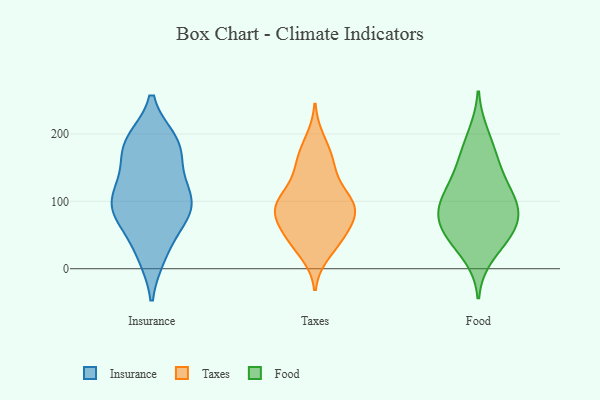
{"axis": {"x": "LTV (USD)", "y": "Value"}, "legend": ["Food", "Insurance", "Taxes"], "data": [{"x": "", "y": 187, "type": "Insurance"}, {"x": "", "y": 21, "type": "Insurance"}, {"x": "", "y": 22, "type": "Insurance"}, {"x": "", "y": 127, "type": "Insurance"}, {"x": "", "y": 98, "type": "Insurance"}, {"x": "", "y": 96, "type": "Insurance"}, {"x": "", "y": 170, "type": "Insurance"}, {"x": "", "y": 77, "type": "Insurance"}, {"x": "", "y": 87, "type": "Insurance"}, {"x": "", "y": 67, "type": "Insurance"}, {"x": "", "y": 114, "type": "Insurance"}, {"x": "", "y": 183, "type": "Insurance"}, {"x": "", "y": 83, "type": "Insurance"}, {"x": "", "y": 125, "type": "Insurance"}, {"x": "", "y": 189, "type": "Insurance"}, {"x": "", "y": 183, "type": "Insurance"}, {"x": "", "y": 142, "type": "Taxes"}, {"x": "", "y": 84, "type": "Taxes"}, {"x": "", "y": 189, "type": "Taxes"}, {"x": "", "y": 98, "type": "Taxes"}, {"x": "", "y": 41, "type": "Taxes"}, {"x": "", "y": 92, "type": "Taxes"}, {"x": "", "y": 133, "type": "Taxes"}, {"x": "", "y": 63, "type": "Taxes"}, {"x": "", "y": 69, "type": "Taxes"}, {"x": "", "y": 24, "type": "Taxes"}, {"x": "", "y": 97, "type": "Taxes"}, {"x": "", "y": 97, "type": "Taxes"}, {"x": "", "y": 164, "type": "Taxes"}, {"x": "", "y": 92, "type": "Taxes"}, {"x": "", "y": 165, "type": "Taxes"}, {"x": "", "y": 45, "type": "Taxes"}, {"x": "", "y": 93, "type": "Taxes"}, {"x": "", "y": 42, "type": "Taxes"}, {"x": "", "y": 114, "type": "Food"}, {"x": "", "y": 80, "type": "Food"}, {"x": "", "y": 45, "type": "Food"}, {"x": "", "y": 99, "type": "Food"}, {"x": "", "y": 102, "type": "Food"}, {"x": "", "y": 69, "type": "Food"}, {"x": "", "y": 173, "type": "Food"}, {"x": "", "y": 55, "type": "Food"}, {"x": "", "y": 75, "type": "Food"}, {"x": "", "y": 200, "type": "Food"}, {"x": "", "y": 152, "type": "Food"}, {"x": "", "y": 19, "type": "Food"}, {"x": "", "y": 143, "type": "Food"}, {"x": "", "y": 48, "type": "Food"}, {"x": "", "y": 103, "type": "Food"}]}